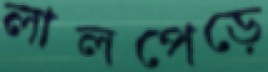
লালপেড়ে